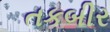
તકબીર